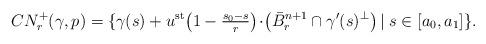
LaTeX: \begin{align*}CN^+_{r}(\gamma,p)=\{\gamma(s)+ u^{\textrm{st}}\big(1-\tfrac{s_0-s}{r}\big)\!\cdot\! \left(\bar{B}_r^{n+1}\cap \gamma'(s)^{\perp}\right) |\;s\in [a_0,a_1]\}.\end{align*}